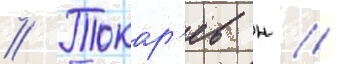
// Токар'ев н //